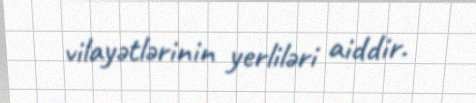
vilayətlərinin yerliləri aiddir.